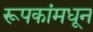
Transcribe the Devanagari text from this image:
रूपकांमधून